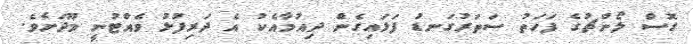
ގޮސް ލޯންޗުގެ ފަހަތު ސަތަރުގަނޑު ފަޅައިގެން ދިއުމާއެކު އެ ދަރިފުޅު ވެއްޓުނީ މޫދަށެވެ.